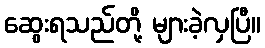
ဆွေးရသည်တို့ များခဲ့လှပြီ။